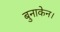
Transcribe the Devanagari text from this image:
बुनाकेन।